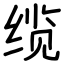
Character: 缆